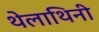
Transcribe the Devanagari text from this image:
थेलाथिनी